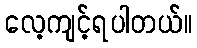
လေ့ကျင့်ရပါတယ်။